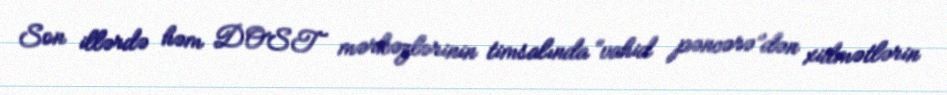
Son illərdə həm DOST mərkəzlərinin timsalında “vahid pəncərə”dən xidmətlərin